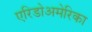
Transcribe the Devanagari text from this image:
एरिडोअमेरिका